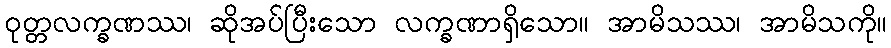
ဝုတ္တလက္ခဏဿ၊ ဆိုအပ်ပြီးသော လက္ခဏာရှိသော။ အာမိသဿ၊ အာမိသကို။